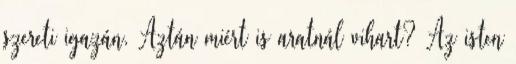
szereti igazán. Aztán miért is aratnál vihart? Az isten